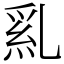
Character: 乿